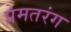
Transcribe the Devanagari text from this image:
प्रेमतरंग